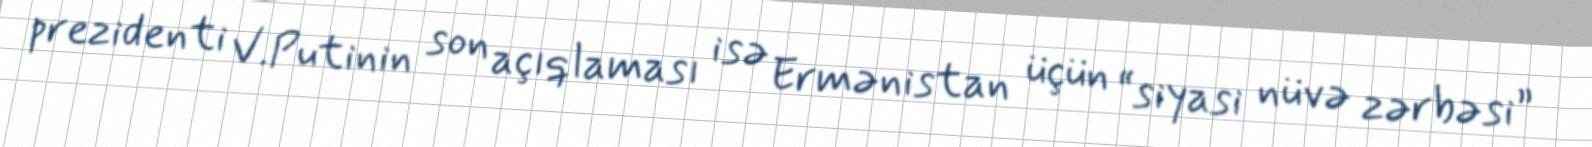
prezidenti V.Putinin son açıqlaması isə Ermənistan üçün “siyasi nüvə zərbəsi”